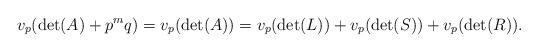
LaTeX: \begin{align*} v_p(\det(A)+p^mq) = v_p(\det(A)) = v_p(\det(L)) + v_p(\det(S)) + v_p(\det(R)). \end{align*}